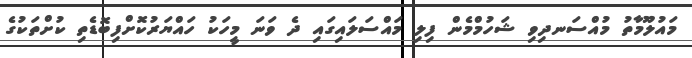
މައުލޫމާތު މުއްސަނދިވި ޝަހުމްމެން ފިލި މައްސަލައިގައި ދެ ވަނަ މީހަކު ހައްޔަރުކޮށްފިބޮޑެތި ކުށްތަކުގެ